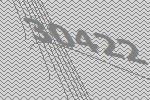
30422